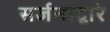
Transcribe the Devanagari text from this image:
सर्जनाद्वारे